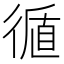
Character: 𢕀